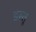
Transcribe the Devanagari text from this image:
इस्तू